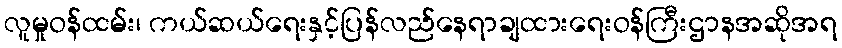
လူမှုဝန်ထမ်း၊ ကယ်ဆယ်ရေးနှင့်ပြန်လည်နေရာချထားရေးဝန်ကြီးဌာနအဆိုအရ